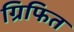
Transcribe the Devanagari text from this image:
ग्रिफित